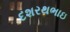
દશરથભાઇ